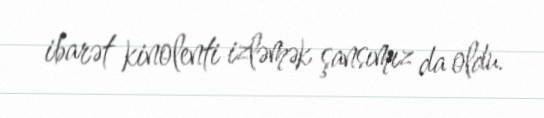
ibarət kinolenti izləmək şansımız da oldu.